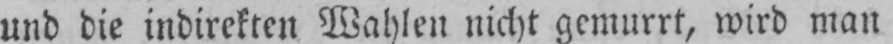
und die indirekten Wahlen nicht gemurrt, wird man